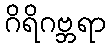
ဂိရိဂဗ္ဘရာ